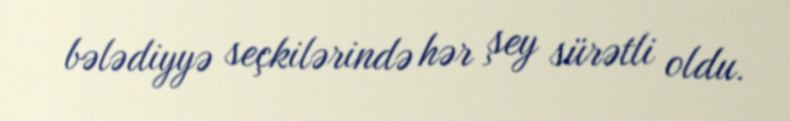
bələdiyyə seçkilərində hər şey sürətli oldu.